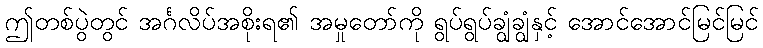
ဤတစ်ပွဲတွင် အင်္ဂလိပ်အစိုးရ၏ အမှုတော်ကို ရွပ်ရွပ်ချွံချွံနှင့် အောင်အောင်မြင်မြင်